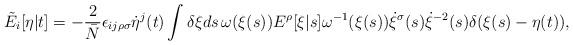
LaTeX: \begin{align*}\tilde{E}_i[\eta|t] = - \frac{2}{\bar{N}} \epsilon_{ij\rho\sigma} \dot{\eta}^j(t) \int \delta \xi ds \, \omega(\xi(s)) E^\rho[\xi|s] \omega^{-1}(\xi(s)) \dot{\xi}^\sigma(s) \dot{\xi}^{-2}(s) \delta(\xi(s)-\eta(t)),\end{align*}